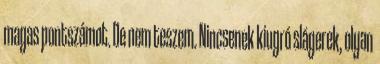
magas pontszámot. De nem teszem. Nincsenek kiugró slágerek, olyan